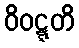
ဝိဝဋ္ဋတိ